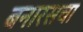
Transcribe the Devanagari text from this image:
बनारसचा